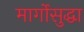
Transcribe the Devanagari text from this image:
मार्गोसुद्धा